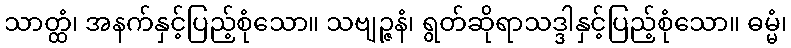
သာတ္ထံ၊ အနက်နှင့်ပြည့်စုံသော။ သဗျဉ္ဇနံ၊ ရွတ်ဆိုရာသဒ္ဒါနှင့်ပြည့်စုံသော။ ဓမ္မံ၊